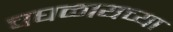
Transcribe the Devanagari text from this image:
चघळायच्या